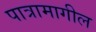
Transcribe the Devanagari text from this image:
पात्रामागील